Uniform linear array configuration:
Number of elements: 16
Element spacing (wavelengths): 0.25
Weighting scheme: cosine
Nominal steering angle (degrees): -45
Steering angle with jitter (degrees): -43.707
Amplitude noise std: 0.05
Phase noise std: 0.05

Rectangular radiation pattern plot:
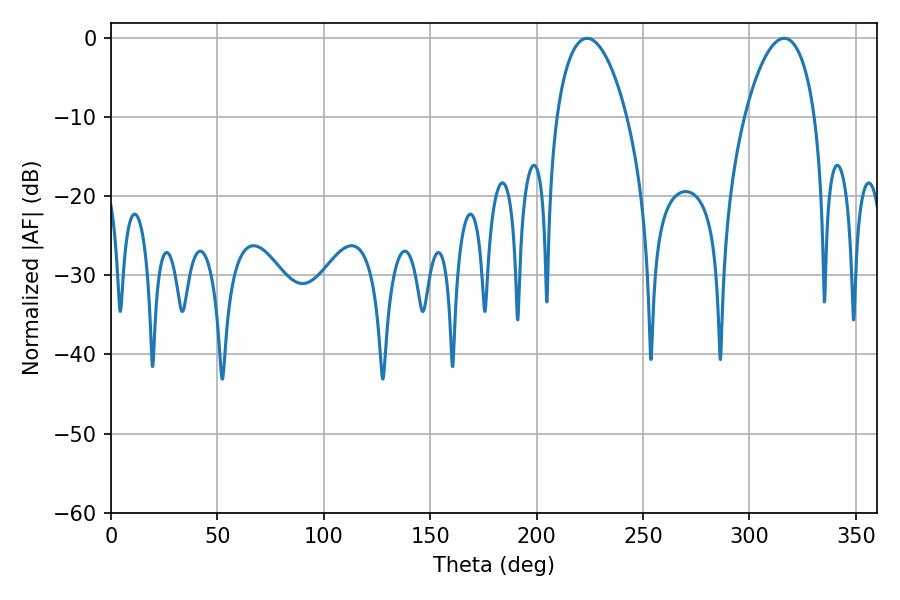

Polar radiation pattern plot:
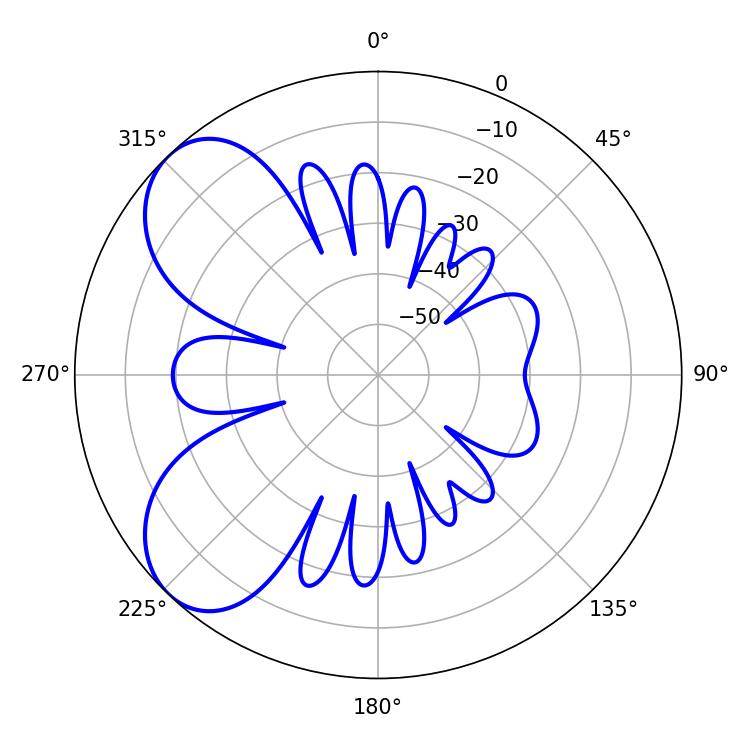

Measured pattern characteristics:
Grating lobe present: FALSE
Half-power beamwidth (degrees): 18.54
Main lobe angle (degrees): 223.74